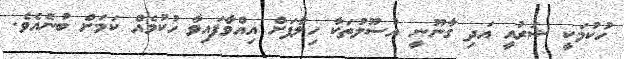
ހުކުމަކީ ޝަރުއީ އަދި ގާނޫނީ އުސޫލުތަކާ ހިލާފަށް އިއްވާފައިވާ ހުކުމެއް ކަމަށް ބުނެއެވެ.